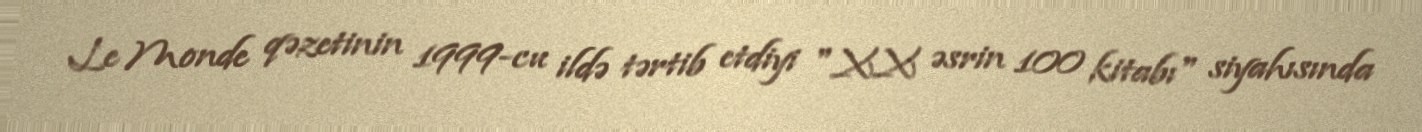
Le Monde qəzetinin 1999-cu ildə tərtib etdiyi "XX əsrin 100 kitabı" siyahısında